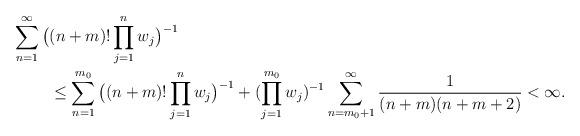
LaTeX: \begin{align*}\begin{aligned}\sum\limits_{n=1}^{\infty}\big(&(n+m)!\prod\limits_{j=1}^{n}w_j\big)^{-1}\\&\leq\sum\limits_{n=1}^{m_0}\big((n+m)!\prod\limits_{j=1}^{n}w_j\big)^{-1}+(\prod\limits_{j=1}^{m_0}w_j)^{-1}\sum\limits_{n=m_0+1}^{\infty}\frac{1}{(n+m)(n+m+2)}<\infty.\end{aligned}\end{align*}